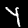
Label: 4